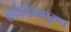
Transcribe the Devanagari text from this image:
मार्कडेयपुरण